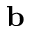
{ \bf b }